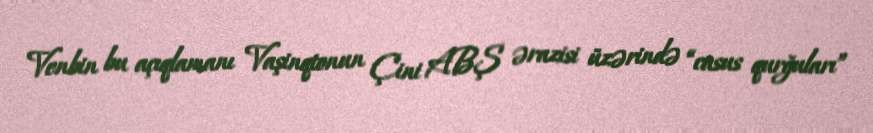
Venbin bu açıqlamanı Vaşinqtonun Çini ABŞ ərazisi üzərində “casus qurğuları”